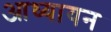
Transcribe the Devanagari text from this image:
आध्यायन